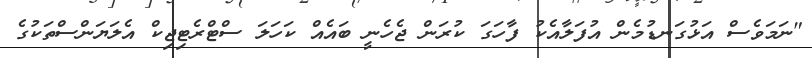
"ނަމަވެސް އަޅުގަނޑުމެން އުފަލާއެކު ފާހަގަ ކުރަން ޖެހެނީ ބައެއް ކަހަލަ ސްޓްރެޓިޖިކް އެލަޔަންސްތަކުގެ